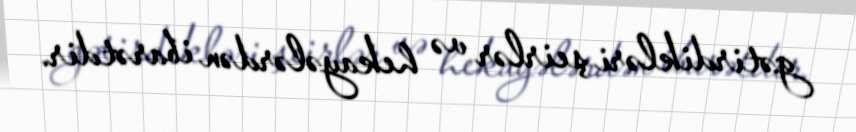
gətirdikləri şeirlər və hekayələrdən ibarətdir.